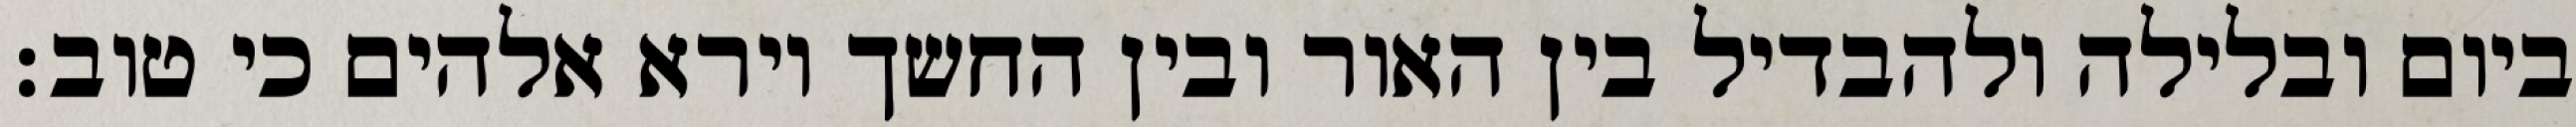
ביום ובלילה ולהבדיל בין האור ובין החשך וירא אלהים כי טוב׃